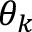
\theta _ { k }